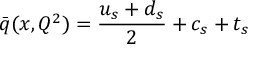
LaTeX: \bar { q } ( x , Q ^ { 2 } ) = \frac { u _ { s } + d _ { s } } { 2 } + c _ { s } + t _ { s }